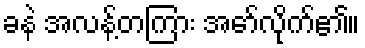
ခနဲ အလန့်တကြား အော်လိုက်၏။